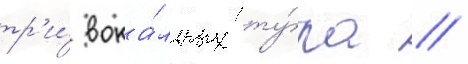
тр'и́ вока́льных ту́ра /